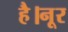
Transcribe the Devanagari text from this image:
है।नूर